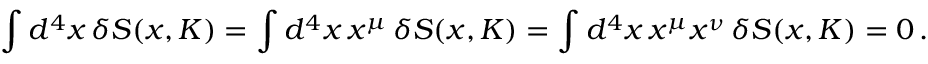
\int d ^ { 4 } x \, \delta S ( x , K ) = \int d ^ { 4 } x \, x ^ { \mu } \, \delta S ( x , K ) = \int d ^ { 4 } x \, x ^ { \mu } x ^ { \nu } \, \delta S ( x , K ) = 0 \, .